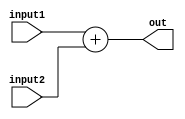
// Module Name: Adder
// Project Name: Mips Processor

module adder #(parameter n_bits = 32)
(
	input [n_bits-1:0]input1,input2,
	output [n_bits-1:0]out
);

assign out=input1+input2;
endmodule